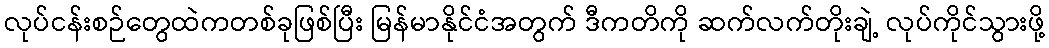
လုပ်ငန်းစဉ်တွေထဲကတစ်ခုဖြစ်ပြီး မြန်မာနိုင်ငံအတွက် ဒီကတိကို ဆက်လက်တိုးချဲ့ လုပ်ကိုင်သွားဖို့